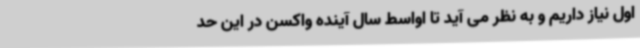
اول نیاز داریم و به نظر می آید تا اواسط سال آینده واکسن در این حد